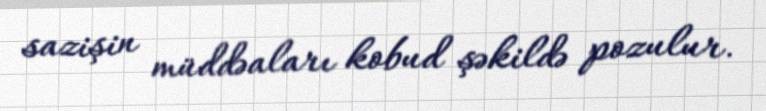
sazişin müddəaları kobud şəkildə pozulur.